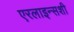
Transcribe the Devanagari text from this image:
एरलाइन्सशी